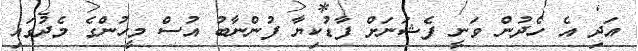
އަދި އެ ހެދުން ވަނީ ފެޝަނަށް ފާޑުކިޔާ ފުންނާބު އުސް މީހުންގެ މެދުގައި